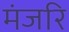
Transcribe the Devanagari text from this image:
मंजरि